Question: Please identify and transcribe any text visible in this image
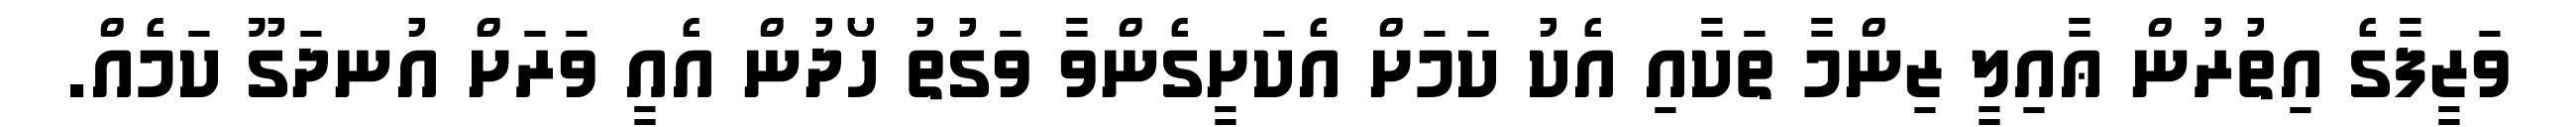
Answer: ވަޒީފާގެ އިތުރުން ޢާއިލީ ޒިންމާ ތަކާއި އެކު ކަމަށް އެކަށީގެންވާ ވަގުތު ހޯދުން އެއީ ވަރަށް އުނދަގޫ ކަމެއް.